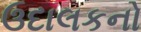
ઉદાલકનો